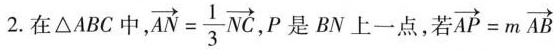
2.在\triangle ABC中, $$\overrightarrow{AN}= \frac{1}{3}\overrightarrow{NC}$$ ,P是 BN上一点,若 $$\overrightarrow{AP}=m \overrightarrow{AB}$$